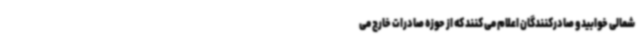
شمالی خوابید و صادرکنندگان اعلام می کنند که از حوزه صادرات خارج می